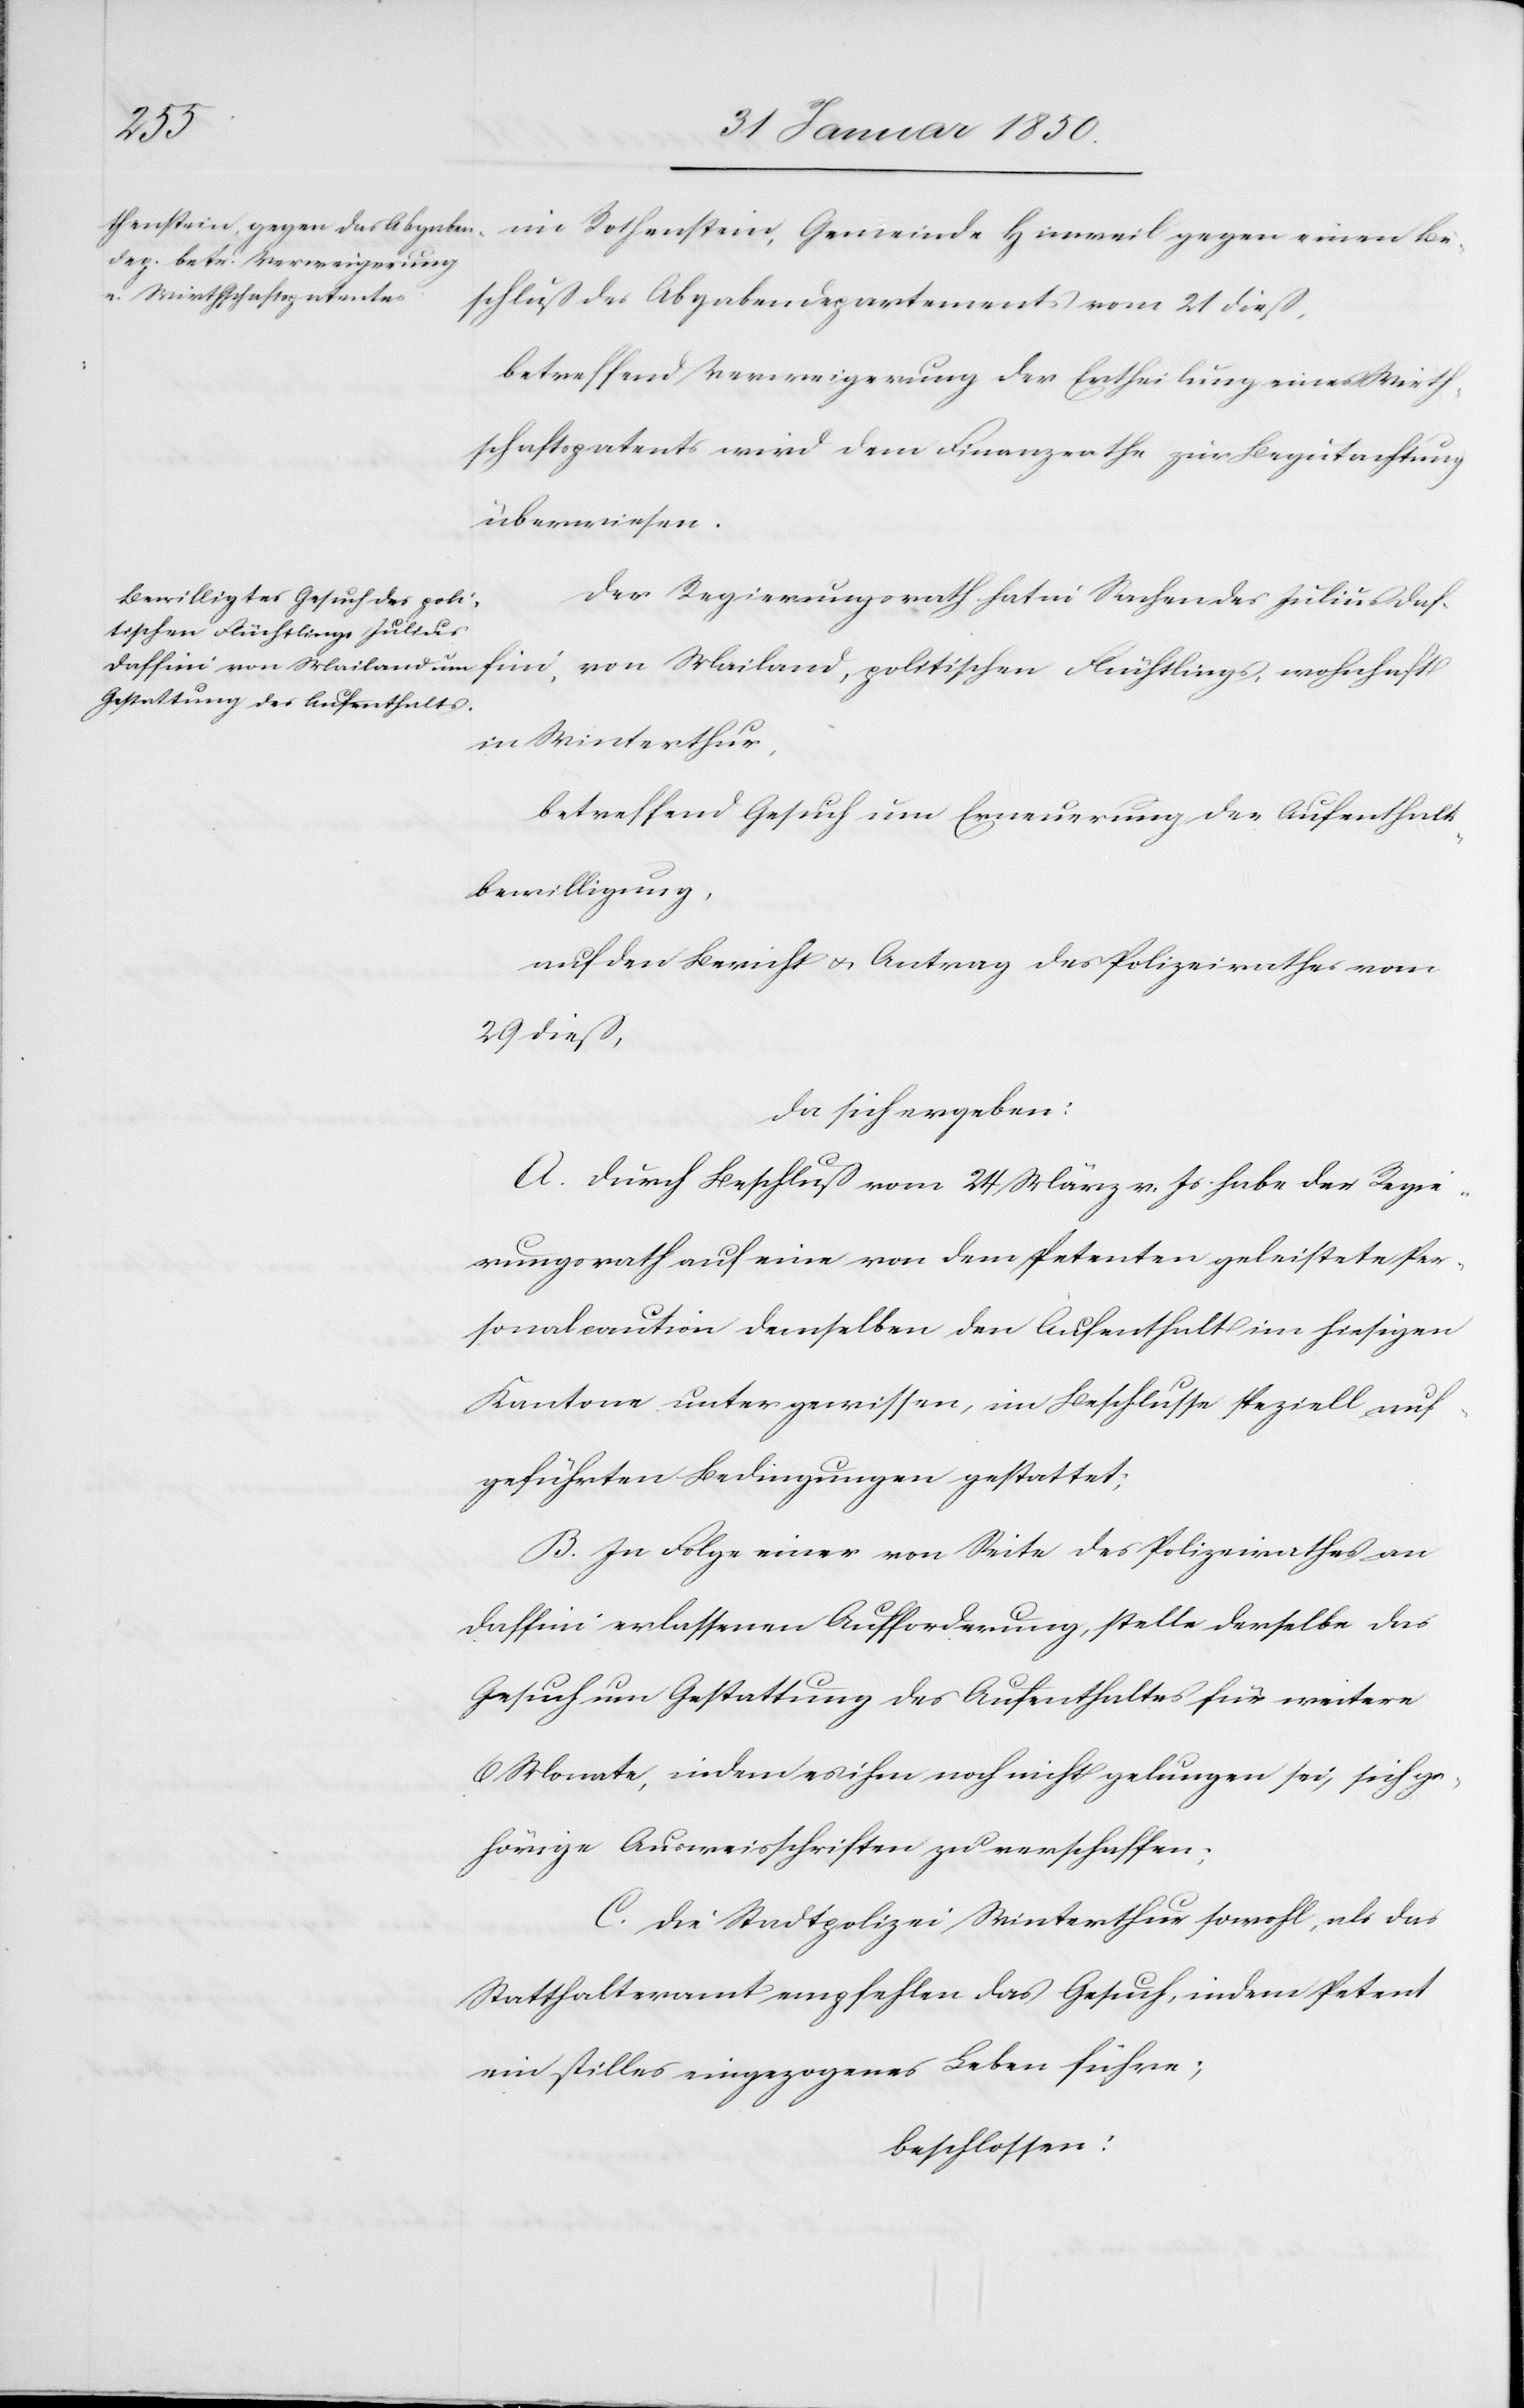
im Rothenstein, Gemeinde Hinweil gegen einen Be¬
schluß des Abgabendepartements vom 21 dieß,
betreffend Verweigerung der Ertheilung eines Wirth¬
schaftspatents wird dem Finanzrathe zur Begutachtung
überwiesen.
Der Regierungsrath hat in Sachen des Julius Daf¬
fini, von Mailand, politischen Flüchtlings, wohnhaft
in Winterthur,
betreffend Gesuch um Erneuerung der Aufenthalts¬
bewilligung,
auf den Bericht u. Antrag des Polizeirathes vom
29 dieß,
da sich ergeben:
A. Durch Beschluß vom 24 März v. Js. habe der Regie¬
rungsrath auf eine von dem Petenten geleistete Per¬
sonalcaution demselben den Aufenthalt im hiesigen
Kantone unter gewissen, im Beschlusse speziell auf¬
geführten Bedingungen gestattet;
B. In Folge einer von Seite des Polizeirathes an
Daffini erlassenen Aufforderung, stelle derselbe das
Gesuch um Gestattung des Aufenthaltes für weitere
6 Monate, indem es ihm noch nicht gelungen sei, sich ge¬
hörige Ausweisschriften zu verschaffen;
C. Die Stadtpolizei Winterthur sowohl, als das
Statthalteramt empfehlen das Gesuch, indem Petent
ein stilles eingezogenes Leben führe;
beschlossen: